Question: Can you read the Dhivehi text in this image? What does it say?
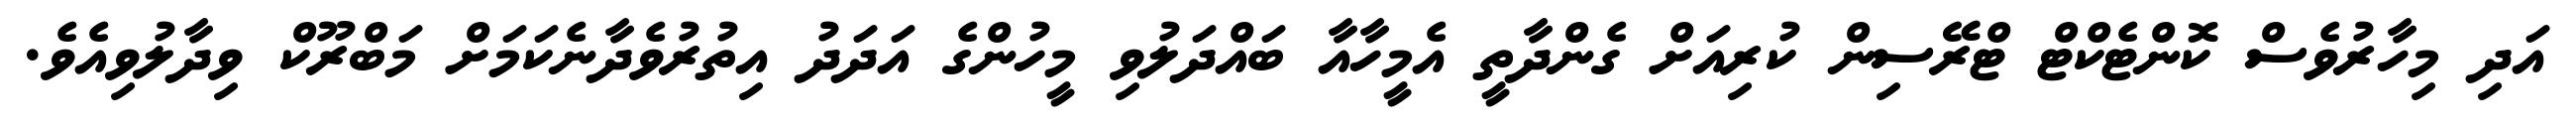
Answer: އަދި މިހާރުވެސް ކޮންޓެކްޓް ޓްރޭސިން ކުރިއަށް ގެންދާތީ އެމީހާއާ ބައްދަލުވި މީހުންގެ އަދަދު އިތުރުވެދާނެކަމަށް މަބްރޫކް ވިދާލުވިއެވެ.